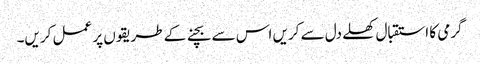
گرمی کا استقبال کھلے دل سے کریں اس سے بچنے کے طریقوں پر عمل کریں۔